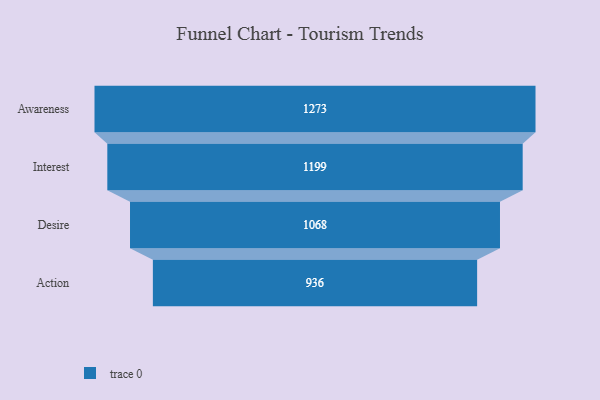
{"axis": {"x": "Stage", "y": "Value"}, "legend": [""], "data": [{"x": "Awareness", "y": 1273.0, "type": ""}, {"x": "Interest", "y": 1199.0, "type": ""}, {"x": "Desire", "y": 1068.0, "type": ""}, {"x": "Action", "y": 936.0, "type": ""}]}